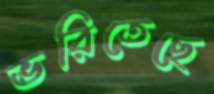
ভরিতেছে